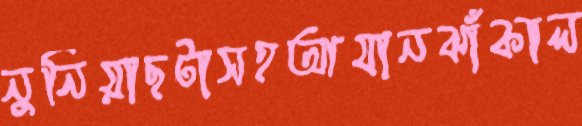
নুনিয়াছটাসহআযানঝাঁকাল